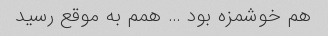
هم خوشمزه بود … همم به موقع رسید